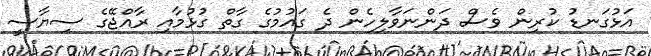
އަޅުގަނޑު ކުރިން ވެސް ދަންނަވާލިހެން ދެ ގައުމުގެ ގާތް ގުޅުމާއި ރާއްޖޭގެ ސިޔާސީ